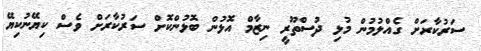
ސަރުކާރަށް ގެއްލުމުން މުޅި ދުސްތޫރީ ނިޒާމް އޮޅުން ބޮޅުންކޮށް ސަރުކާރަށް ވެސް ކިޔޭނުކިޔޭ